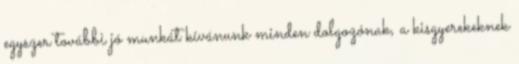
egyszer további jó munkát kívánunk minden dolgozónak, a kisgyerekeknek